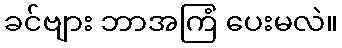
ခင်ဗျား ဘာအကြံ ပေးမလဲ။